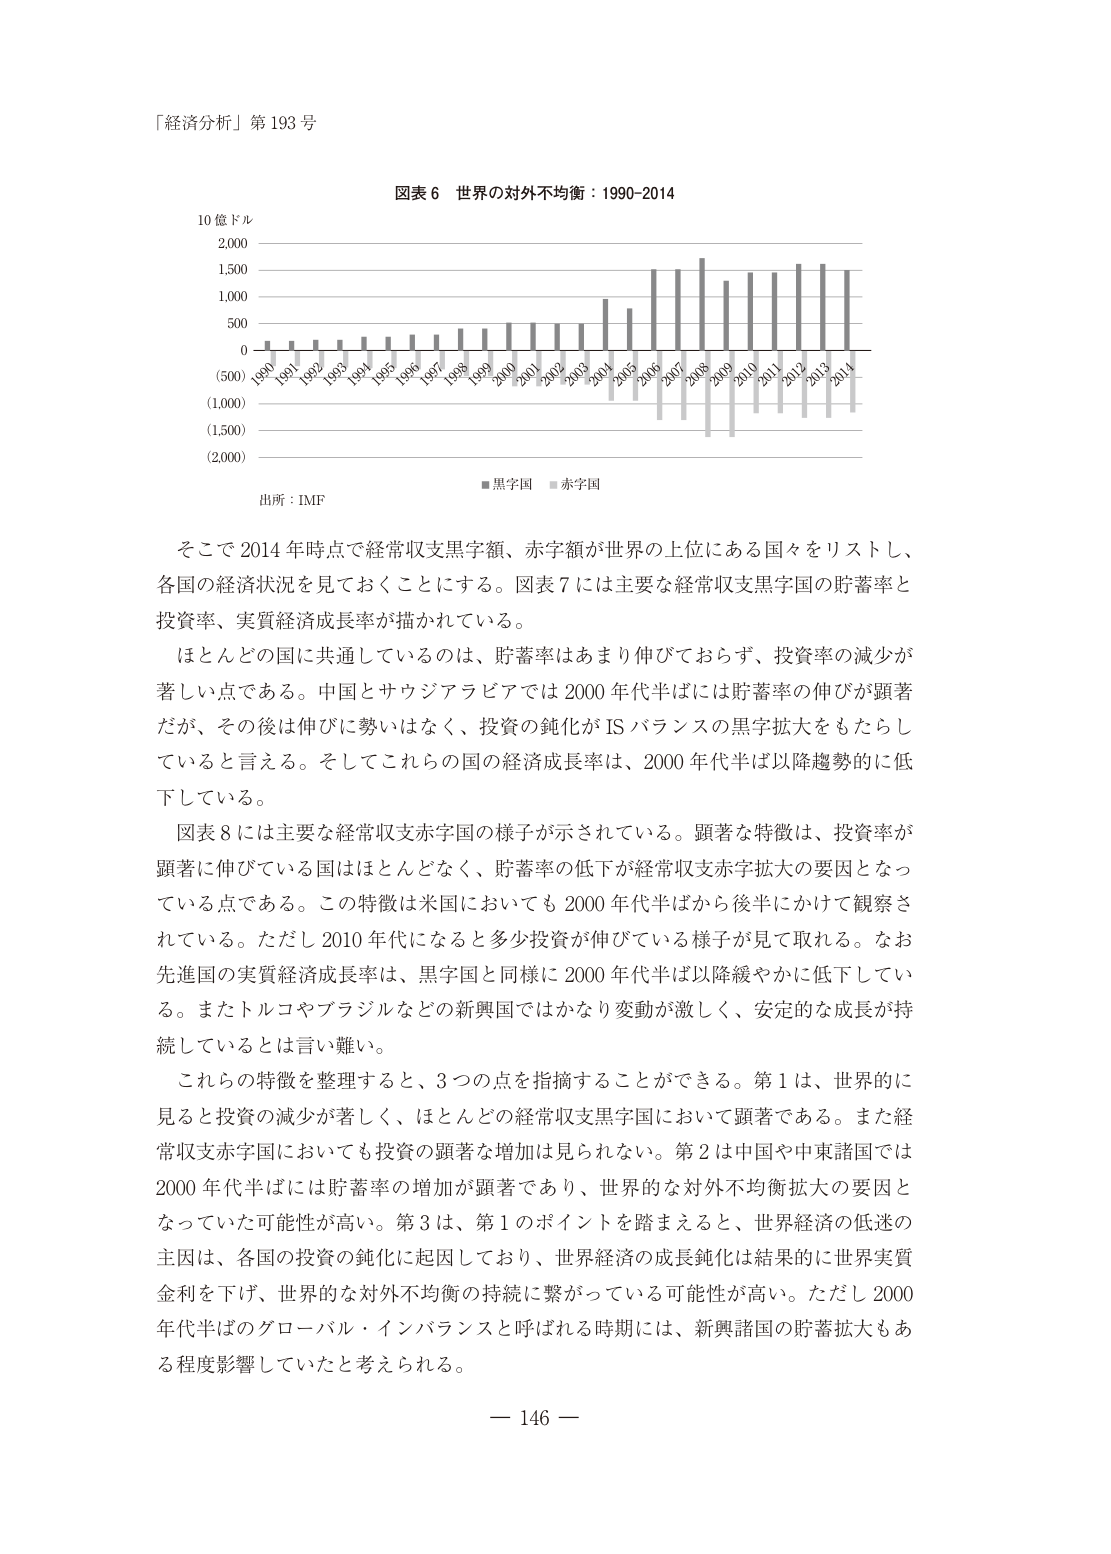
「経済分析」第 193 号

図表 6 世界の対外不均衡：1990–2014

10 億ドル
2,000
1,500
1,000
500
0
(500)
(1,000)
(1,500)
(2,000)

1990 1991 1992 1993 1994 1995 1996 1997 1998 1999 2000 2001 2002 2003 2004 2005 2006 2007 2008 2009 2010 2011 2012 2013 2014

■ 黒字国 ■ 赤字国

出所：IMF

そこで 2014 年時点で経常収支黒字額、赤字額が世界の上位にある国々をリストし、
各国の経済状況を見ておくことにする。図表 7 には主要な経常収支黒字国の貯蓄率と
投資率、実質経済成長率が描かれている。

ほとんどの国に共通しているのは、貯蓄率はあまり伸びておらず、投資率の減少が
著しい点である。中国とサウジアラビアでは 2000 年代半ばには貯蓄率の伸びが顕著
だが、その後は伸びに勢いはなく、投資の鈍化が IS バランスの黒字拡大をもたらし
ていると言える。そしてこれらの国の経済成長率は、2000 年代半ば以降趨勢的に低
下している。

図表 8 には主要な経常収支赤字国の様子が示されている。顕著な特徴は、投資率が
顕著に伸びている国はほとんどなく、貯蓄率の低下が経常収支赤字拡大の要因となっ
ている点である。この特徴は米国においても 2000 年代半ばから後半にかけて観察さ
れている。ただし 2010 年代になると多少投資が伸びている様子が見て取れる。なお
先進国の実質経済成長率は、黒字国と同様に 2000 年代半ば以降緩やかに低下してい
る。またトルコやブラジルなどの新興国ではかなり変動が激しく、安定的な成長が持
続しているとは言い難い。

これらの特徴を整理すると、3 つの点を指摘することができる。第 1 は、世界的に
見ると投資の減少が著しく、ほとんどの経常収支黒字国において顕著である。また経
常収支赤字国においても投資の顕著な増加は見られない。第 2 は中国や中東諸国では
2000 年代半ばには貯蓄率の増加が顕著であり、世界的な対外不均衡拡大の要因と
なっていた可能性が高い。第 3 は、第 1 のポイントを踏まえると、世界経済の低迷の
主因は、各国の投資の鈍化に起因しており、世界経済の成長鈍化は結果的に世界実質
金利を下げ、世界的な対外不均衡の持続に繋がっている可能性が高い。ただし 2000
年代半ばのグローバル・インバランスと呼ばれる時期には、新興諸国の貯蓄拡大もあ
る程度影響していたと考えられる。

— 146 —